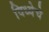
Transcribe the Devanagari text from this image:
विध्येचे